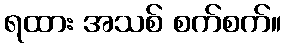
ရထား အသစ် စက်စက်။